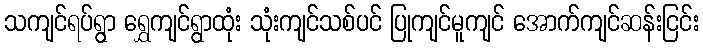
သကျင်ရပ်ရွာ ရွှေကျင်ရွာထုံး သုံးကျင်သစ်ပင် ပြုကျင်မူကျင် အောက်ကျင်ဆန်းငြင်း